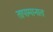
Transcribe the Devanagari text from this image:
तापामानात